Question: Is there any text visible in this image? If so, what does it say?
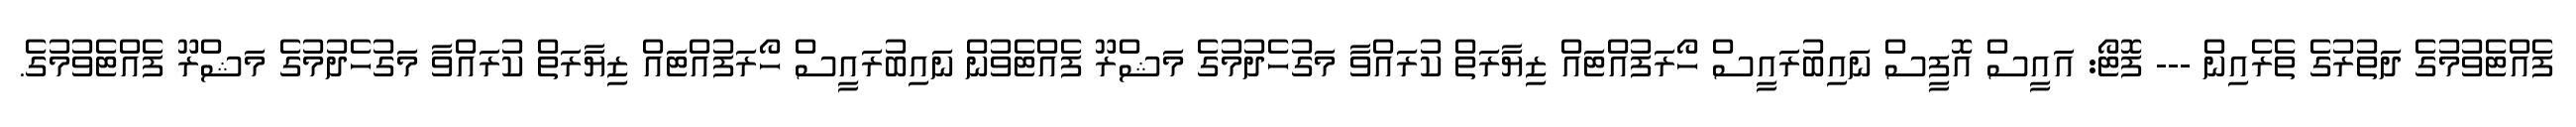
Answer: ފެއްޓެވުމުގެ ދަތުރުގެ ތެރެއިން --- ފޮޓޯ: އައީސް އޮފީސް ނައިބުރައީސް ހޯރަފުއްޓައް ޒިޔާރަތް ކުރައްވާ މަގުހެދުމުގެ މަޝްރޫ ފެއްޓެވުން ނައިބުރައީސް ހޯރަފުއްޓައް ޒިޔާރަތް ކުރައްވާ މަގުހެދުމުގެ މަޝްރޫ ފެއްޓެވުމުގެ.